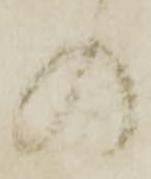
の